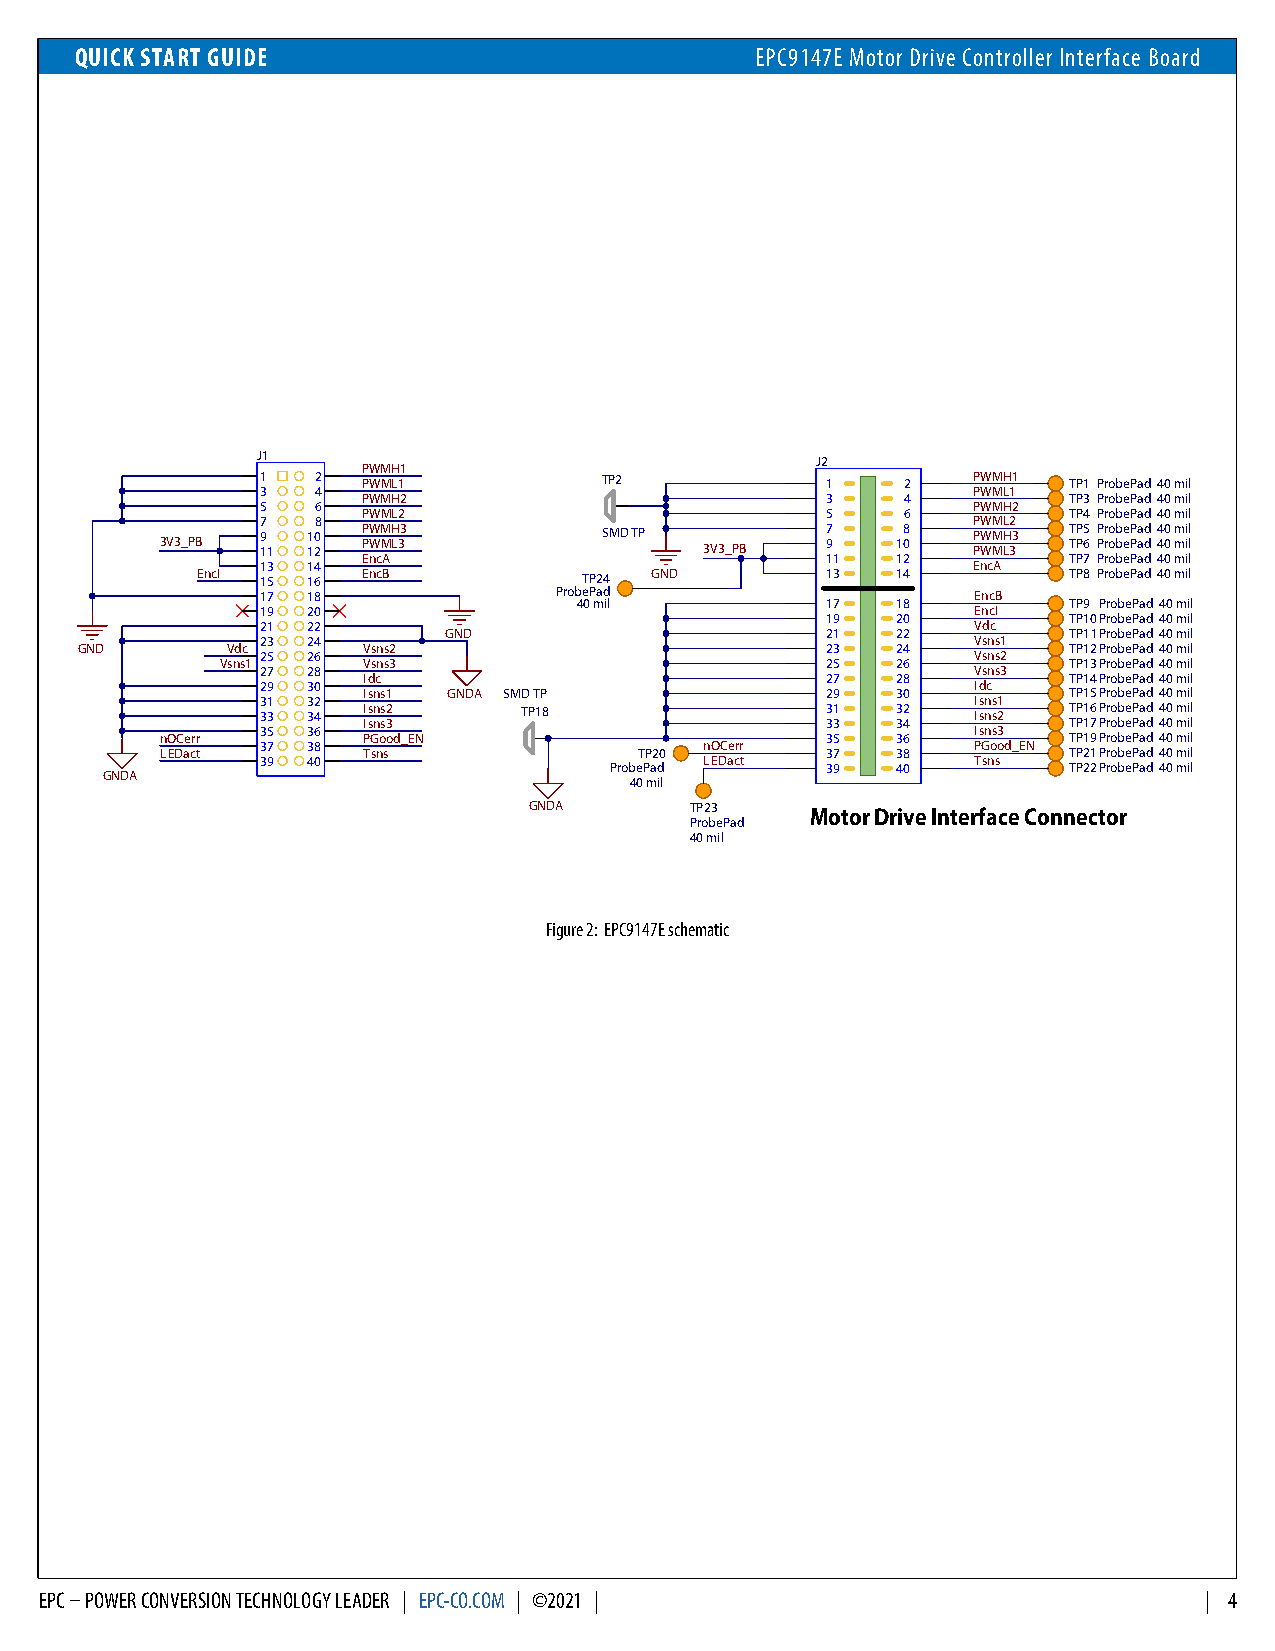
QUICK START GUIDE                            EPC9147E Motor Drive Controller Interface Board
 J1                                   J2
 PWMH1
 1   2  PWML1           TP2            1    2   PWMH1  TP1 ProbePad40 mil
 3   4                                          PWML1
 PWMH2                          3    4          TP3 ProbePad40 mil
 5   6                                          PWMH2
 PWML2                          5    6          TP4 ProbePad40 mil
 7   8                                          PWML2
 3V3_PB 9 11 1 10 2 P PWW MM LH 33 SMD TP 3V3_PB 7 9 108 P PWW MM LH 33 T TP P5 6 P Pr ro ob be eP Pa ad d4 40 0 m mi il l
 EncA                           11  12          TP7 ProbePad40 mil
 13 14                                          EncA
 EncI 15 16 EncB           TP24 GND        13  14          TP8 ProbePad40 mil
 17 18               ProbePad                    EncB
 40 mil           17  18          TP9 ProbePad40 mil
 19 20                                           EncI
 19  20          TP10ProbePad40 mil
 21 22                                           Vdc
 GND                       21  22          TP11ProbePad40 mil
 23 24                                           Vsns1
 GND       Vdc      Vsns2                          23  24          TP12ProbePad40 mil
 25 26                                           Vsns2
 Vsns1    Vsns3                          25  26          TP13ProbePad40 mil
 27 28                                           Vsns3
 Idc                            27  28          TP14ProbePad40 mil
 29 30                                           Idc
 Isns1 GNDA SMD TP              29  30          TP15ProbePad40 mil
 31 32                                           Isns1
 33 34  Isns2      TP18                31  32    Isns2 TP16ProbePad40 mil
 Isns3                          33  34          TP17ProbePad40 mil
 35 36                                           Isns3
 nOCerr       PGood_EN                       35  36          TP19ProbePad40 mil
 37 38                         nOCerr            PGood_EN
 LEDact       Tsns              TP20         37  38          TP21ProbePad40 mil
 39 40                         LEDact            Tsns
 ProbePad       39  40          TP22ProbePad40 mil
 GNDA
 40 mil
 GNDA       TP23    Motor Drive Interface Connector
 ProbePad
 40 mil
 Figure 2: EPC9147E schematic
 EPC – POWER CONVERSION TECHNOLOGY LEADER | EPC-CO.COM | ©2021 |              | 4